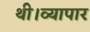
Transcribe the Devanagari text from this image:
थी।व्यापार